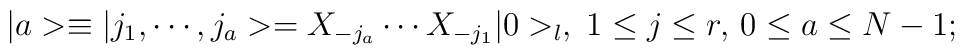
\vert a>\equiv \vert j_1,\cdots , j_a>=X_{-j_a}\cdots X_{-j_1}\vert 0>_l,\; 1\leq j\leq r,\, 0\leq a\leq N-1;